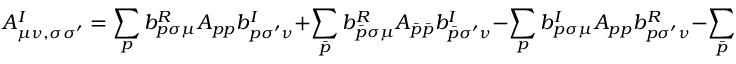
A _ { \mu \nu , \sigma \sigma ^ { \prime } } ^ { I } = \sum _ { p } b _ { p \sigma \mu } ^ { R } A _ { p p } b _ { p \sigma ^ { \prime } \nu } ^ { I } + \sum _ { \bar { p } } b _ { \bar { p } \sigma \mu } ^ { R } A _ { \bar { p } \bar { p } } b _ { \bar { p } \sigma ^ { \prime } \nu } ^ { I } - \sum _ { p } b _ { p \sigma \mu } ^ { I } A _ { p p } b _ { p \sigma ^ { \prime } \nu } ^ { R } - \sum _ { \bar { p } } b _ { \bar { p } \sigma \mu } ^ { I } A _ { \bar { p } \bar { p } } b _ { \bar { p } \sigma ^ { \prime } \nu } ^ { R } \; .